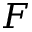
F